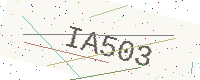
Text: IA503